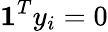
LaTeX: \mathbf{1}^{T}y_{i}=0